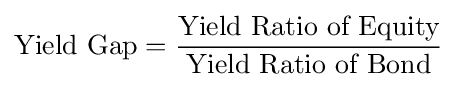
{\mbox{Yield Gap}}={\frac {\mbox{Yield Ratio of Equity}}{\mbox{Yield Ratio of Bond}}}